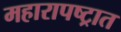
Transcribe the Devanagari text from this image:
महारापष्ट्रात